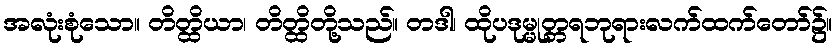
အလုံးစုံသော။ တိတ္ထိယာ၊ တိတ္ထိတို့သည်။ တဒါ၊ ထိုပဒုမ္မုတ္တရဘုရားလက်ထက်တော်၌။